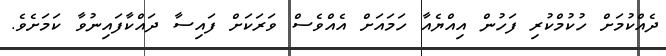
ދެއްކުމަށް ހުކުމްކުރި ފަހުން އިއްޔެއާ ހަމައަށް އެއްވެސް ވަރަކަށް ފައިސާ ދައްކާފައިނުވާ ކަމަށެވެ.